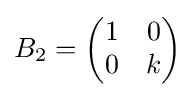
B_{2}={\begin{pmatrix}1&0\\0&k\end{pmatrix}}